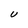
Character: U